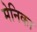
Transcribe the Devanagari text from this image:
मेनिका